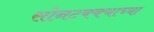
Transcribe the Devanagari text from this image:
सोनटक्क्याच्या